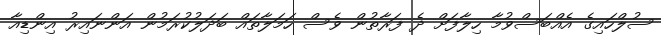
ސުލްހައިގެ އެއްބަސްވުމާ ހިލާފަށް ދެ ފަރާތުން ވެސް ހަމަލާތައް ބަދަލުކުރަމުން އަންނައިރު އިންޑިއާ